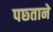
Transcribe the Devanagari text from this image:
पछ्ताने